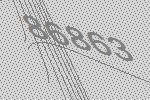
86863